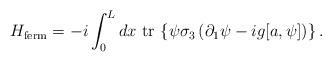
LaTeX: \begin{align*}H_{\rm ferm}=-i\int_{0}^{L} dx \,\, \mbox{tr}\,\left\{\psi\sigma_{3}\left(\partial_{1}\psi-ig [a,\psi] \right)\right\} .\end{align*}